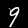
Digit: 9